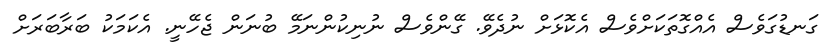
ގަނޑުގަވެސް އެއްގޮތަކަށްވެސް އެކޮޅަށް ނުދެވޭ. ގޭންވެސް ނުނިކުންނަމޭ ބުނަން ޖެހޭނީ. އެކަމަކު ބަރާބަރަށް